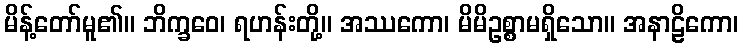
မိန့်တော်မူ၏။ ဘိက္ခဝေ၊ ရဟန်းတို့။ အဿကော၊ မိမိဥစ္စာမရှိသော။ အနာဠိကော၊